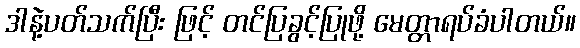
ဒါနဲ့ပတ်သက်ပြီး ဖြင့် တင်ပြခွင့်ပြုဖို့ မေတ္တာရပ်ခံပါတယ်။